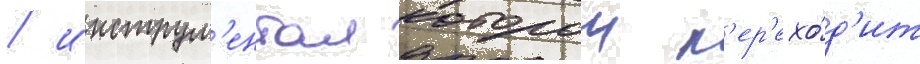
/ инструм'ентал которои п'ер'ехо́д'ит